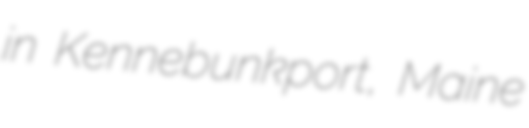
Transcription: in Kennebunkport, Maine